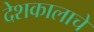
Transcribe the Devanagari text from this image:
देशकालाचे